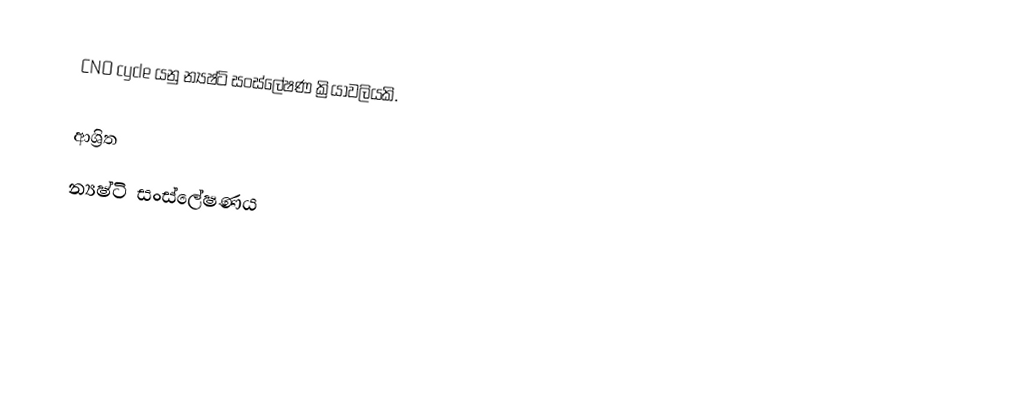
CNO cycle යනු න්‍යෂ්ටි සංස්ලේෂණ ක්‍රියාවලියකි.

ආශ්‍රිත
 න්‍යෂ්ටි සංස්ලේෂණය